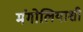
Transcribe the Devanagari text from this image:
मंगोलियाशी